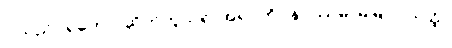
ငါသည်။ ရဟော၊ ဆိတ်ကွယ်ရာအရပ်ကို။ နပဿမိ၊ မမြင်။ ယတ္ထ၊